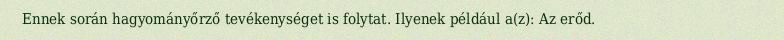
Ennek során hagyományőrző tevékenységet is folytat. Ilyenek például a(z): Az erőd.